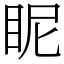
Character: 眤